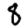
Digit: 8